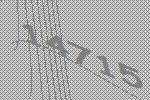
14715